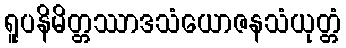
ရူပနိမိတ္တဿာဒသံယောဇနသံယုတ္တံ